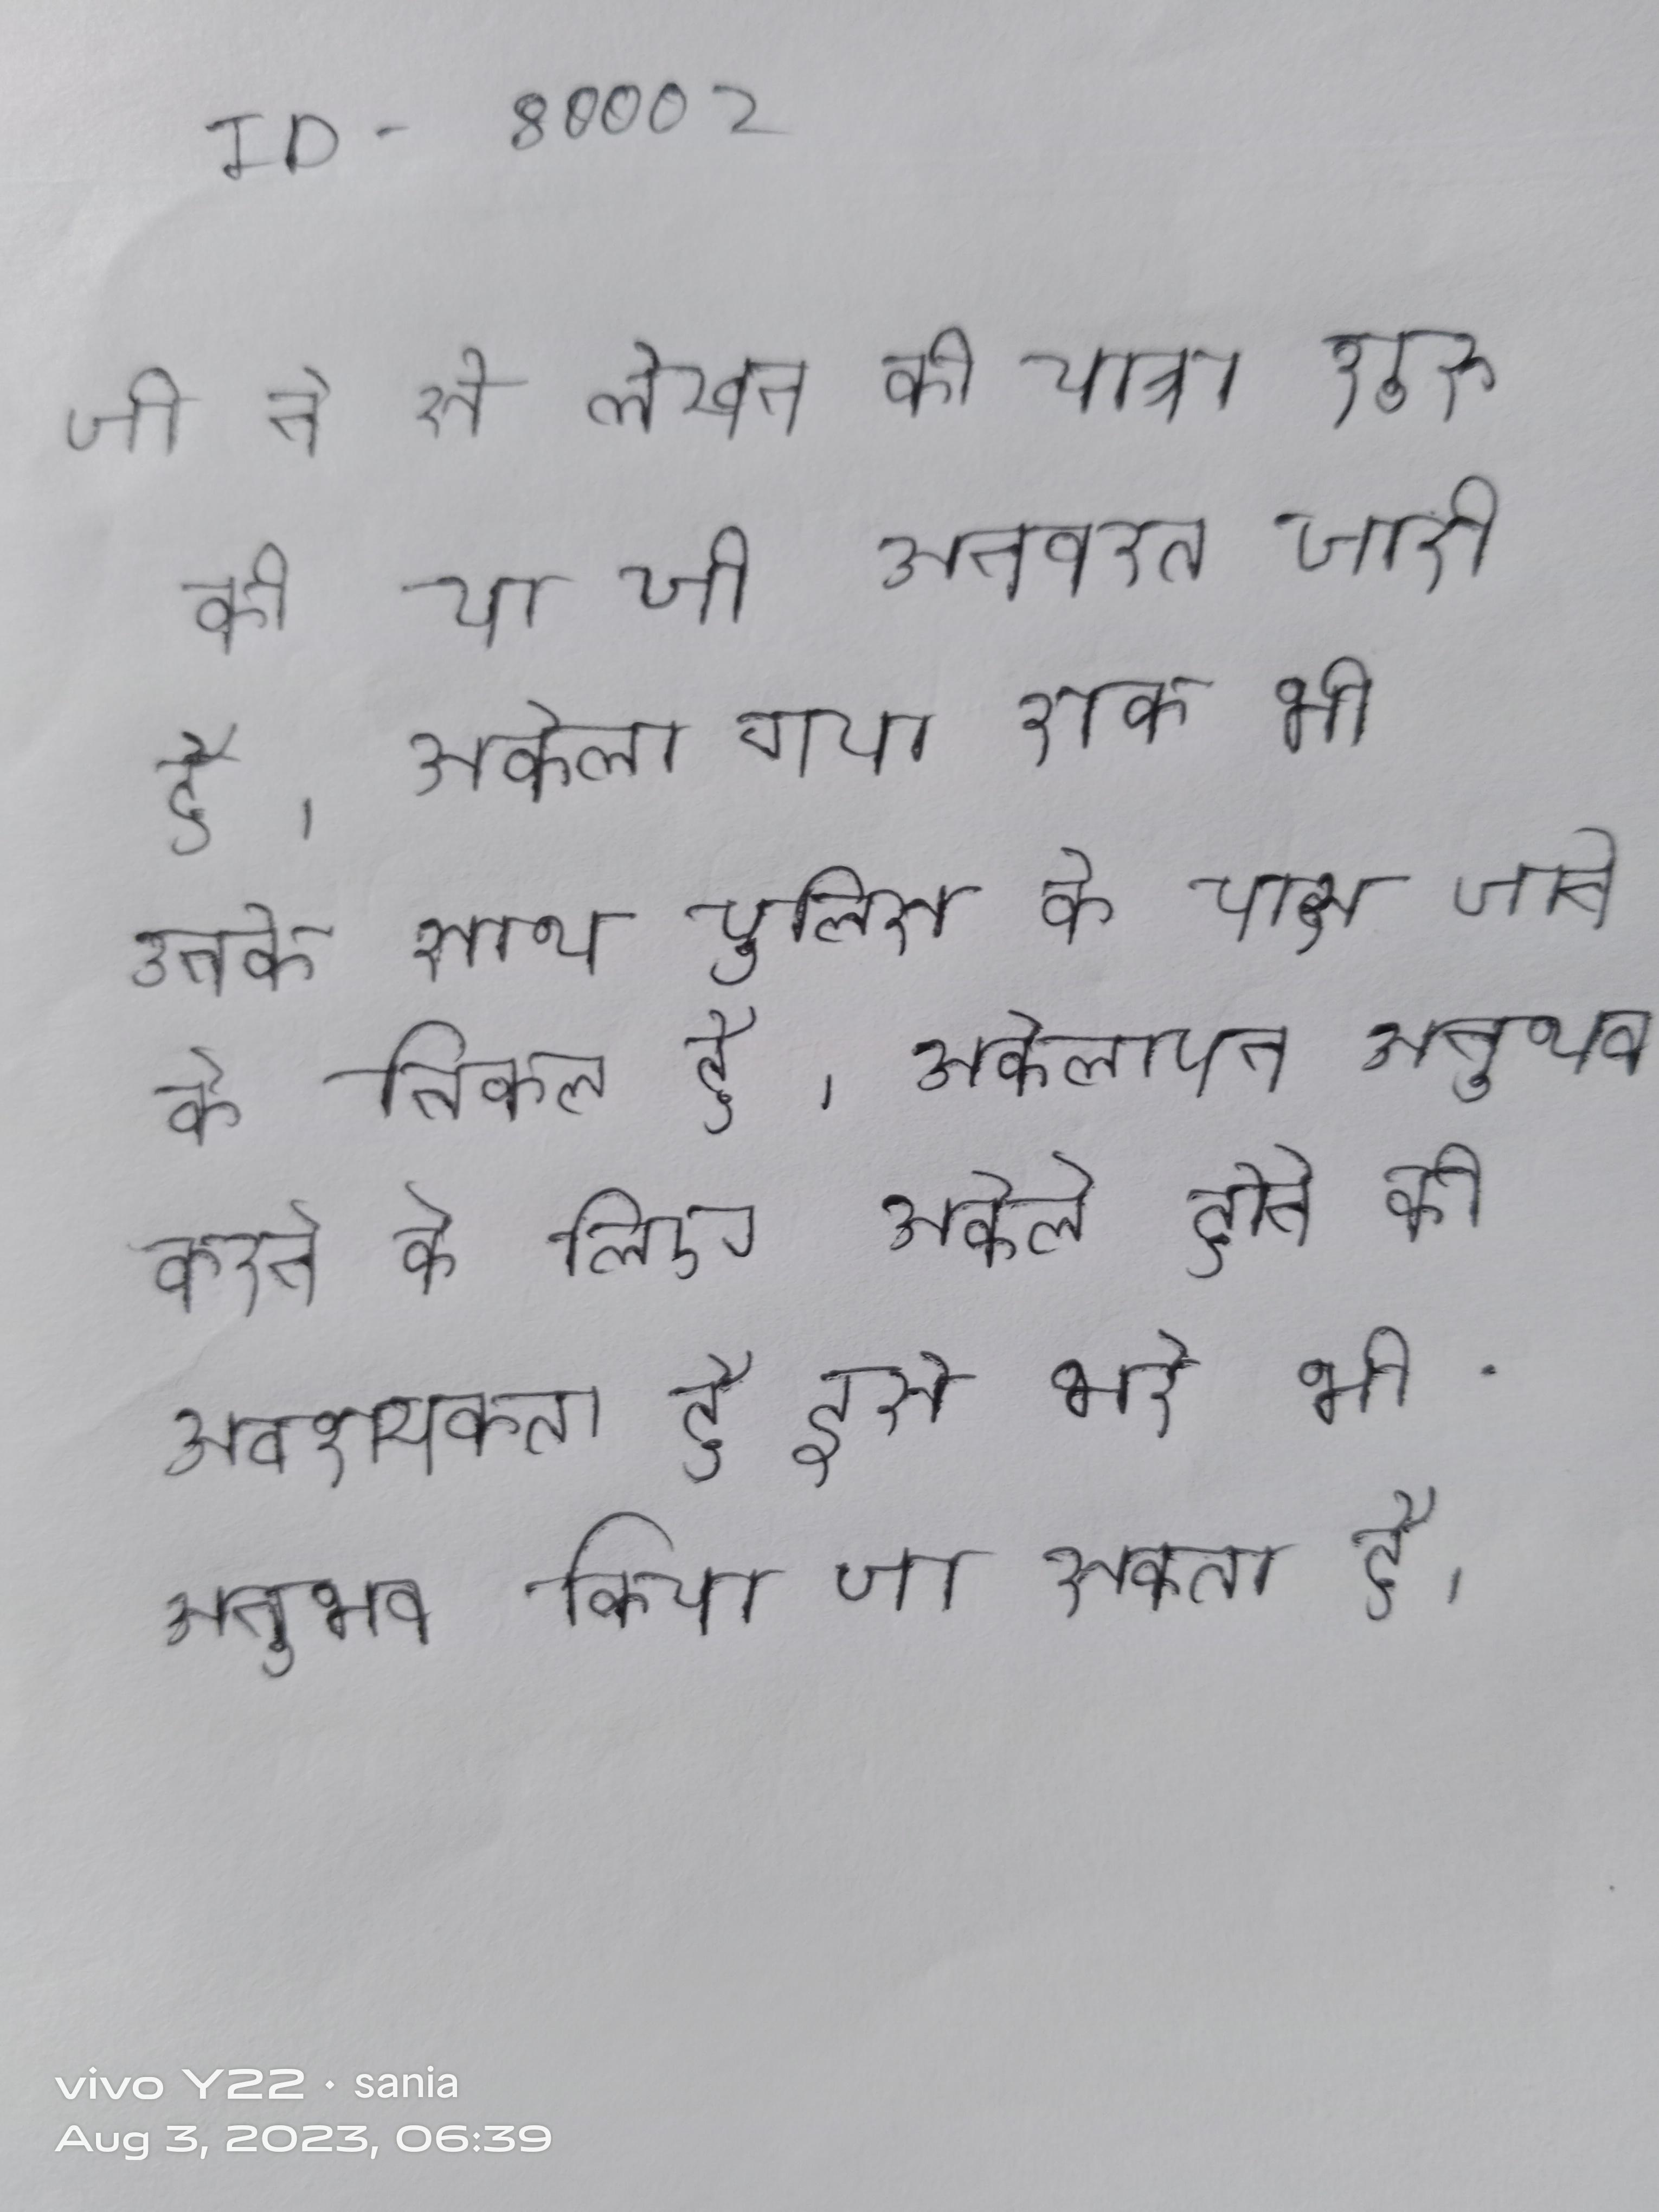
जी ने से लेखन की यात्रा शुरू की जो अनवरत जारी है । अकेला गया राका भी उनके साथ पुलिस के पास जाने को निकल है । अकेलापन अनुभव करने के लिए अकेले होने की आवश्यकता है इसे भरे भी अनुभव किया जा सकता है ।